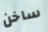
ساخن